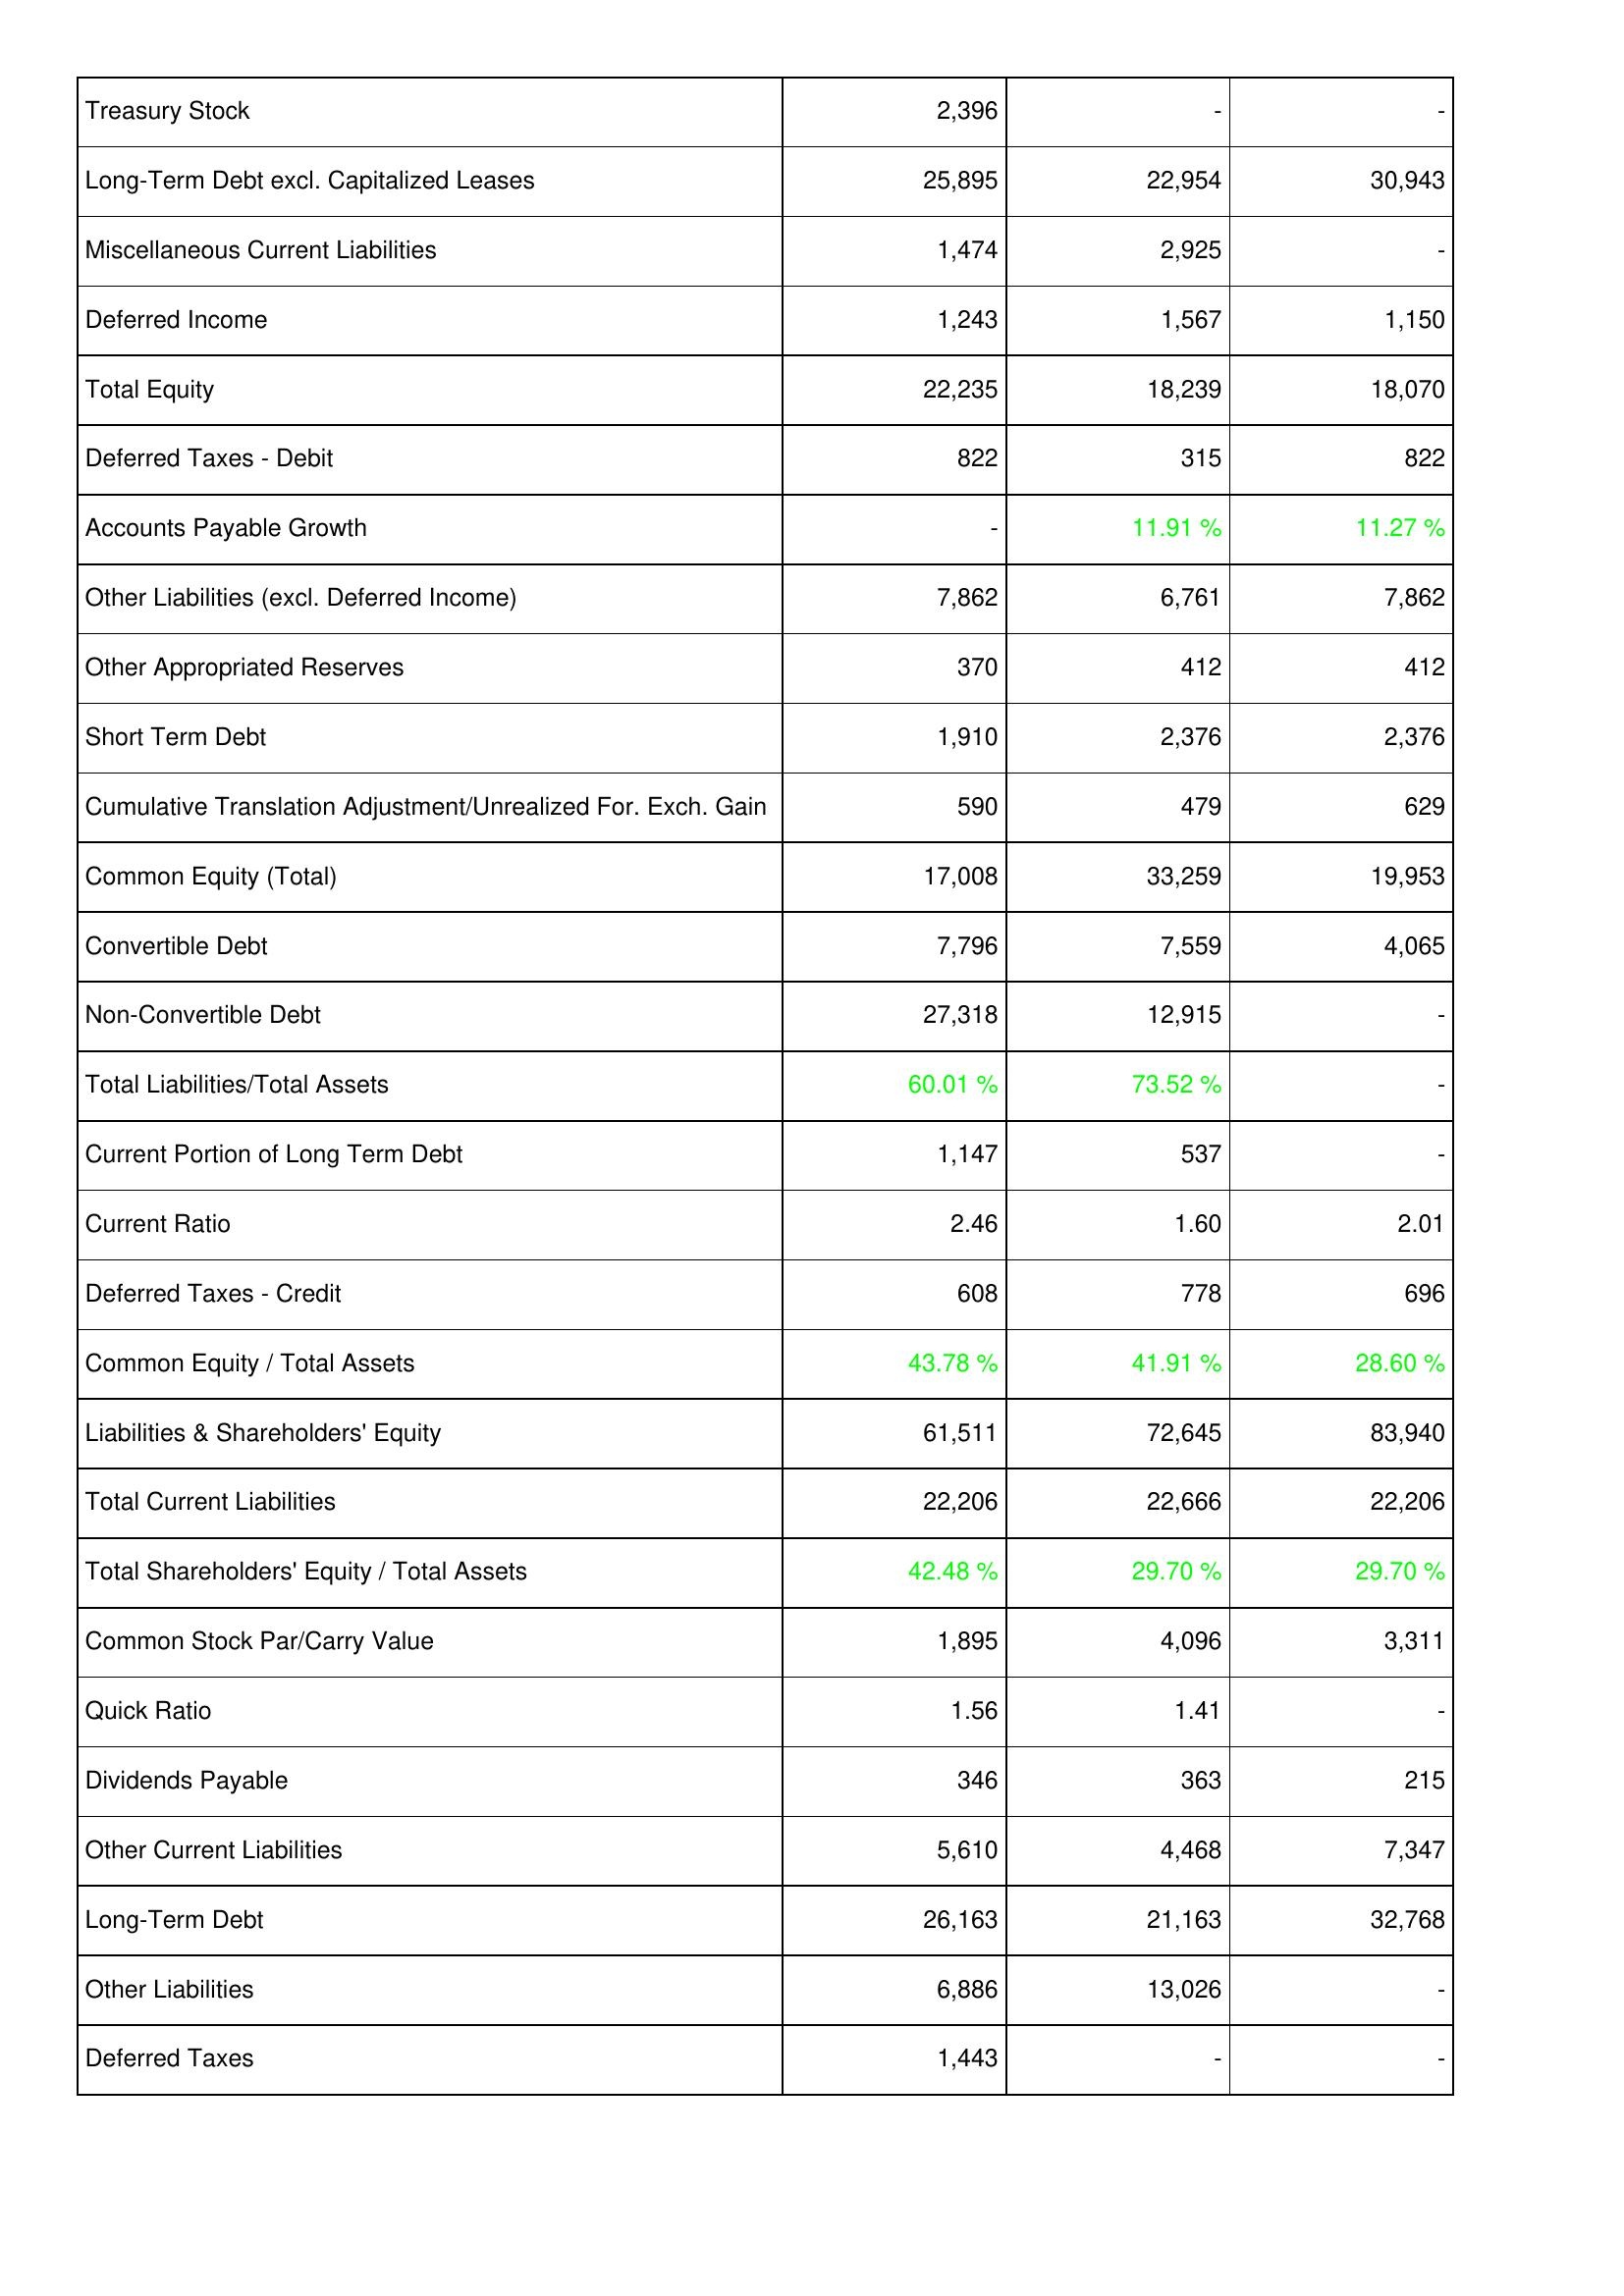
2010: Liabilities & Shareholders' Equity: Treasury Stock: 2,396
Long-Term Debt excl. Capitalized Leases: 25,895
Miscellaneous Current Liabilities: 1,474
Deferred Income: 1,243
Total Equity: 22,235
Deferred Taxes - Debit: 822
Accounts Payable Growth: -
Other Liabilities (excl. Deferred Income): 7,862
Other Appropriated Reserves: 370
Short Term Debt: 1,910
Cumulative Translation Adjustment/Unrealized For. Exch. Gain: 590
Common Equity (Total): 17,008
Convertible Debt: 7,796
Non-Convertible Debt: 27,318
Total Liabilities/Total Assets: 60.01 %
Current Portion of Long Term Debt: 1,147
Current Ratio: 2.46
Deferred Taxes - Credit: 608
Common Equity / Total Assets: 43.78 %
Liabilities & Shareholders' Equity: 61,511
Total Current Liabilities: 22,206
Total Shareholders' Equity / Total Assets: 42.48 %
Common Stock Par/Carry Value: 1,895
Quick Ratio: 1.56
Dividends Payable: 346
Other Current Liabilities: 5,610
Long-Term Debt: 26,163
Other Liabilities: 6,886
Deferred Taxes: 1,443
2009: Liabilities & Shareholders' Equity: Treasury Stock: -
Long-Term Debt excl. Capitalized Leases: 22,954
Miscellaneous Current Liabilities: 2,925
Deferred Income: 1,567
Total Equity: 18,239
Deferred Taxes - Debit: 315
Accounts Payable Growth: 11.91 %
Other Liabilities (excl. Deferred Income): 6,761
Other Appropriated Reserves: 412
Short Term Debt: 2,376
Cumulative Translation Adjustment/Unrealized For. Exch. Gain: 479
Common Equity (Total): 33,259
Convertible Debt: 7,559
Non-Convertible Debt: 12,915
Total Liabilities/Total Assets: 73.52 %
Current Portion of Long Term Debt: 537
Current Ratio: 1.60
Deferred Taxes - Credit: 778
Common Equity / Total Assets: 41.91 %
Liabilities & Shareholders' Equity: 72,645
Total Current Liabilities: 22,666
Total Shareholders' Equity / Total Assets: 29.70 %
Common Stock Par/Carry Value: 4,096
Quick Ratio: 1.41
Dividends Payable: 363
Other Current Liabilities: 4,468
Long-Term Debt: 21,163
Other Liabilities: 13,026
Deferred Taxes: -
2008: Liabilities & Shareholders' Equity: Treasury Stock: -
Long-Term Debt excl. Capitalized Leases: 30,943
Miscellaneous Current Liabilities: -
Deferred Income: 1,150
Total Equity: 18,070
Deferred Taxes - Debit: 822
Accounts Payable Growth: 11.27 %
Other Liabilities (excl. Deferred Income): 7,862
Other Appropriated Reserves: 412
Short Term Debt: 2,376
Cumulative Translation Adjustment/Unrealized For. Exch. Gain: 629
Common Equity (Total): 19,953
Convertible Debt: 4,065
Non-Convertible Debt: -
Total Liabilities/Total Assets: -
Current Portion of Long Term Debt: -
Current Ratio: 2.01
Deferred Taxes - Credit: 696
Common Equity / Total Assets: 28.60 %
Liabilities & Shareholders' Equity: 83,940
Total Current Liabilities: 22,206
Total Shareholders' Equity / Total Assets: 29.70 %
Common Stock Par/Carry Value: 3,311
Quick Ratio: -
Dividends Payable: 215
Other Current Liabilities: 7,347
Long-Term Debt: 32,768
Other Liabilities: -
Deferred Taxes: -